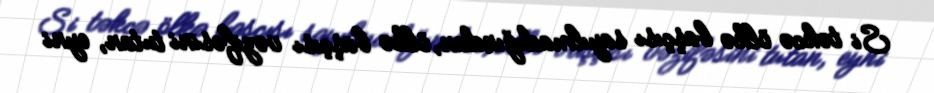
Si təkcə ölkə başçısı sayılmadığından, ölkə başçısı vəzifəsini tutan, eyni